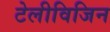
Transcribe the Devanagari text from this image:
टेलीविजिन